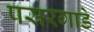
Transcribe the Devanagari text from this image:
पसरगाडे